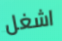
اشغل